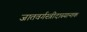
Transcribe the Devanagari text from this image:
जातवर्गस्त्रीदास्यान्तक